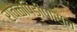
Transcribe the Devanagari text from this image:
रावळपिंडीपासून